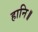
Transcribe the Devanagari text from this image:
हानि॥